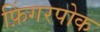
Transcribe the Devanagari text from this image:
फ़िंगरपोक